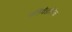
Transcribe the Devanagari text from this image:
गतिवैज्ञानिक